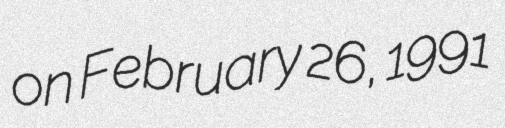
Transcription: on February 26, 1991